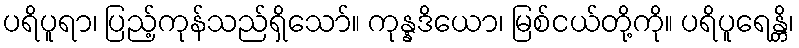
ပရိပူရာ၊ ပြည့်ကုန်သည်ရှိသော်။ ကုန္နဒိယော၊ မြစ်ငယ်တို့ကို။ ပရိပူရေန္တိ၊